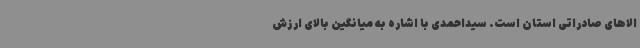
الاهای صادراتی استان است. سیداحمدی با اشاره به میانگین بالای ارزش